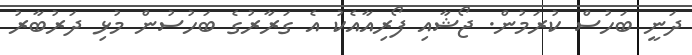
ދަނީ ބަހުސް ކުރަމުން. ޖޯޝާއި ފޯރިއާއެކު އެ ގަރާރުގެ ބަހުސުން މުޅި ދަރުބާރު